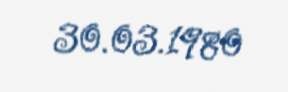
30.03.1980